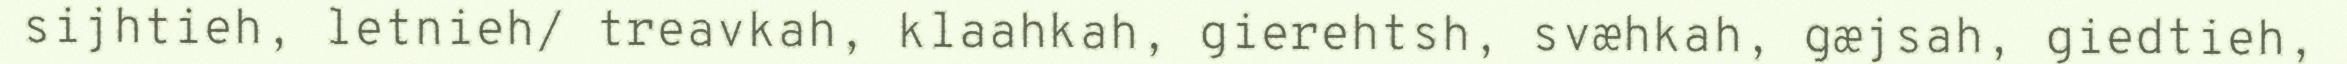
sijhtieh, letnieh/ treavkah, klaahkah, gierehtsh, svæhkah, gæjsah, giedtieh,